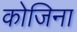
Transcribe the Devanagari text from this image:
कोजिना